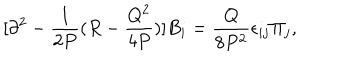
LaTeX: [ \partial ^ { 2 } - { \frac { 1 } { 2 P } } ( R - { \frac { Q ^ { 2 } } { 4 P } } ) ] B _ { i } = { \frac { Q } { 8 P ^ { 2 } } } \epsilon _ { i j } \Pi _ { j } ,